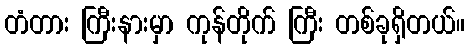
တံတား ကြီးနားမှာ ကုန်တိုက် ကြီး တစ်ခုရှိတယ်။